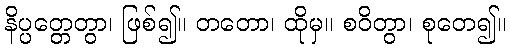
နိပ္ပတ္တေတွာ၊ ဖြစ်၍။ တတော၊ ထိုမှ။ စဝိတွာ၊ စုတေ၍။